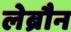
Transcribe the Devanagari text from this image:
लेब्रौन